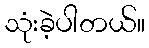
သုံးခဲ့ပါတယ်။